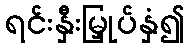
ရင်းနှီးမြှုပ်နှံ၍